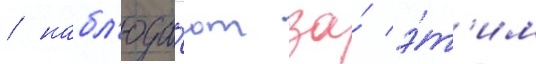
/ набл'юда́ют за́ э́т'им